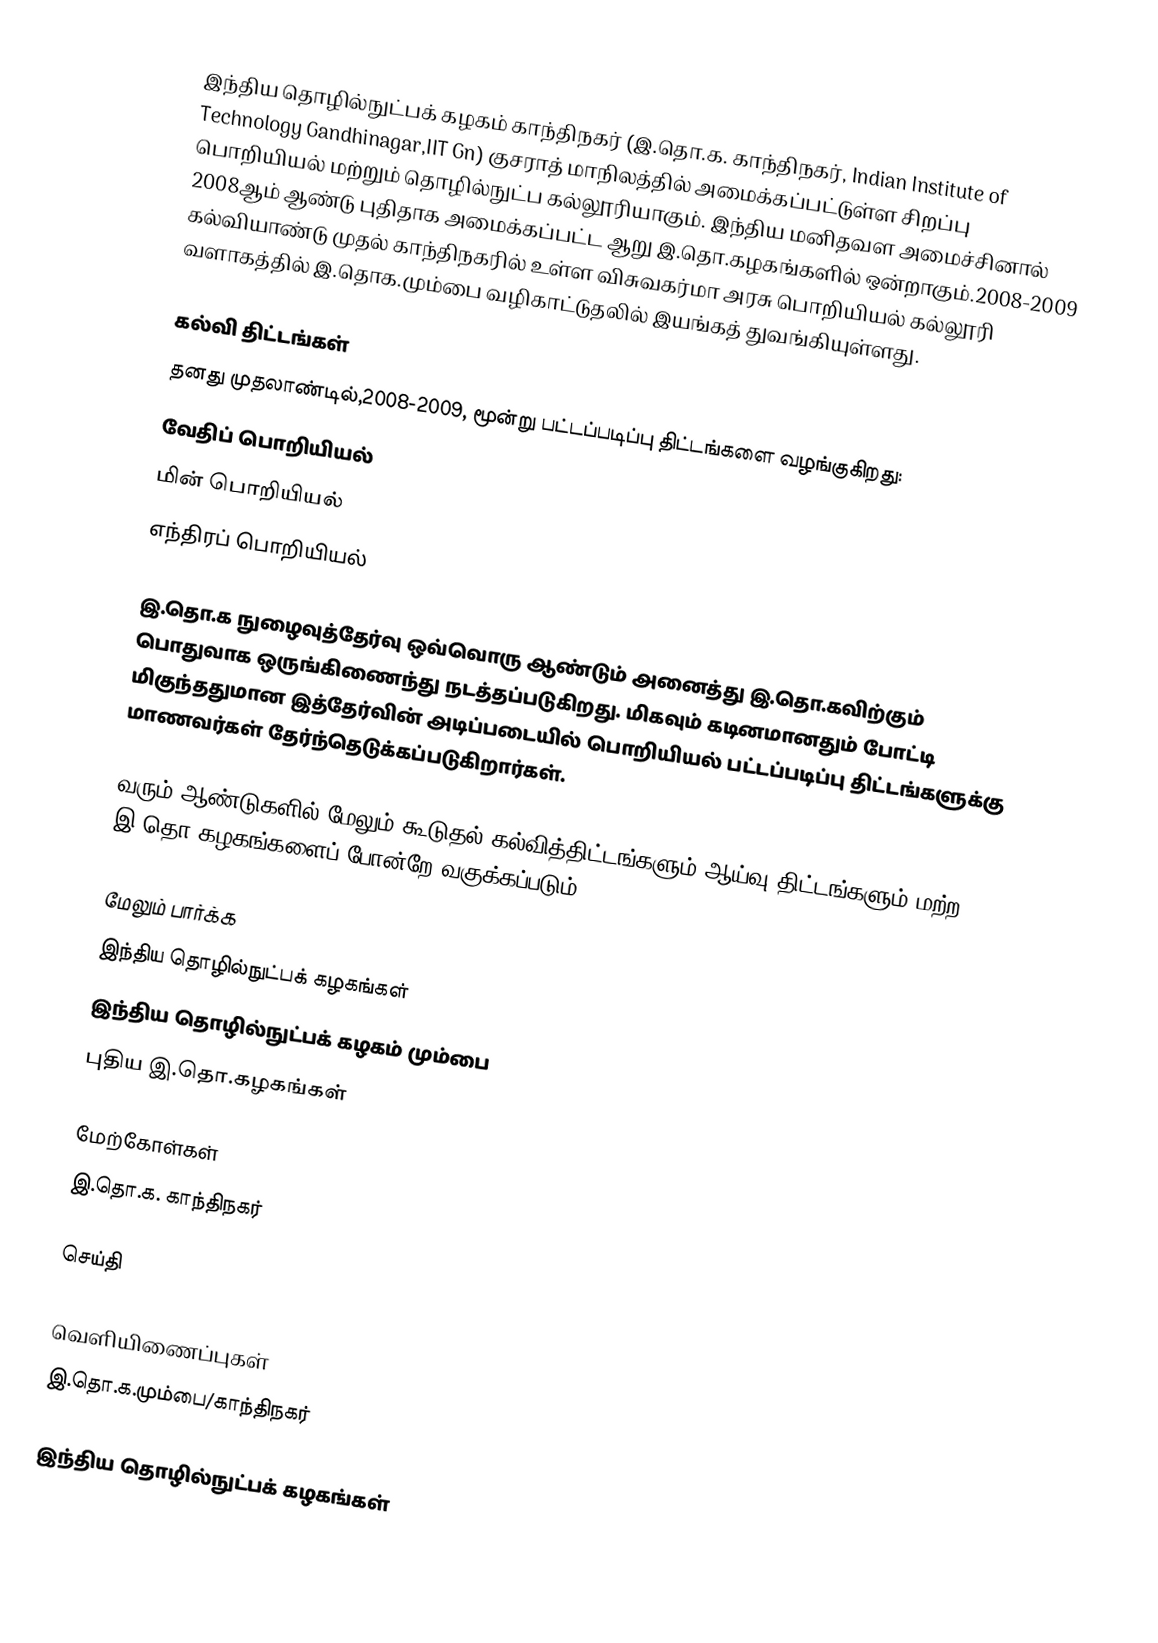
இந்திய தொழில்நுட்பக் கழகம் காந்திநகர் (இ.தொ.க. காந்திநகர், Indian Institute of Technology Gandhinagar,IIT Gn) குசராத் மாநிலத்தில் அமைக்கப்பட்டுள்ள சிறப்பு பொறியியல் மற்றும் தொழில்நுட்ப கல்லூரியாகும். இந்திய மனிதவள அமைச்சினால் 2008ஆம் ஆண்டு புதிதாக அமைக்கப்பட்ட ஆறு இ.தொ.கழகங்களில் ஒன்றாகும்.2008-2009 கல்வியாண்டு முதல் காந்திநகரில் உள்ள விசுவகர்மா அரசு பொறியியல் கல்லூரி வளாகத்தில் இ.தொக.மும்பை வழிகாட்டுதலில் இயங்கத் துவங்கியுள்ளது.

கல்வி திட்டங்கள்
தனது முதலாண்டில்,2008-2009, மூன்று பட்டப்படிப்பு திட்டங்களை வழங்குகிறது:
 வேதிப் பொறியியல்
 மின் பொறியியல்
 எந்திரப் பொறியியல்

இ.தொ.க நுழைவுத்தேர்வு ஒவ்வொரு ஆண்டும் அனைத்து இ.தொ.கவிற்கும் பொதுவாக ஒருங்கிணைந்து நடத்தப்படுகிறது. மிகவும் கடினமானதும் போட்டி மிகுந்ததுமான இத்தேர்வின் அடிப்படையில் பொறியியல் பட்டப்படிப்பு திட்டங்களுக்கு மாணவர்கள் தேர்ந்தெடுக்கப்படுகிறார்கள்.

வரும் ஆண்டுகளில் மேலும் கூடுதல் கல்வித்திட்டங்களும் ஆய்வு திட்டங்களும் மற்ற இ.தொ.கழகங்களைப் போன்றே வகுக்கப்படும்.

மேலும் பார்க்க
இந்திய தொழில்நுட்பக் கழகங்கள்
இந்திய தொழில்நுட்பக் கழகம் மும்பை
புதிய இ.தொ.கழகங்கள்

மேற்கோள்கள்
இ.தொ.க. காந்திநகர்

 செய்தி

வெளியிணைப்புகள்
இ.தொ.க.மும்பை/காந்திநகர்

இந்திய தொழில்நுட்பக் கழகங்கள்